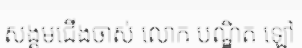
សង្គមជើងចាស់ លោក បណ្ឌិត ឡៅ